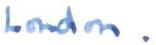
London.